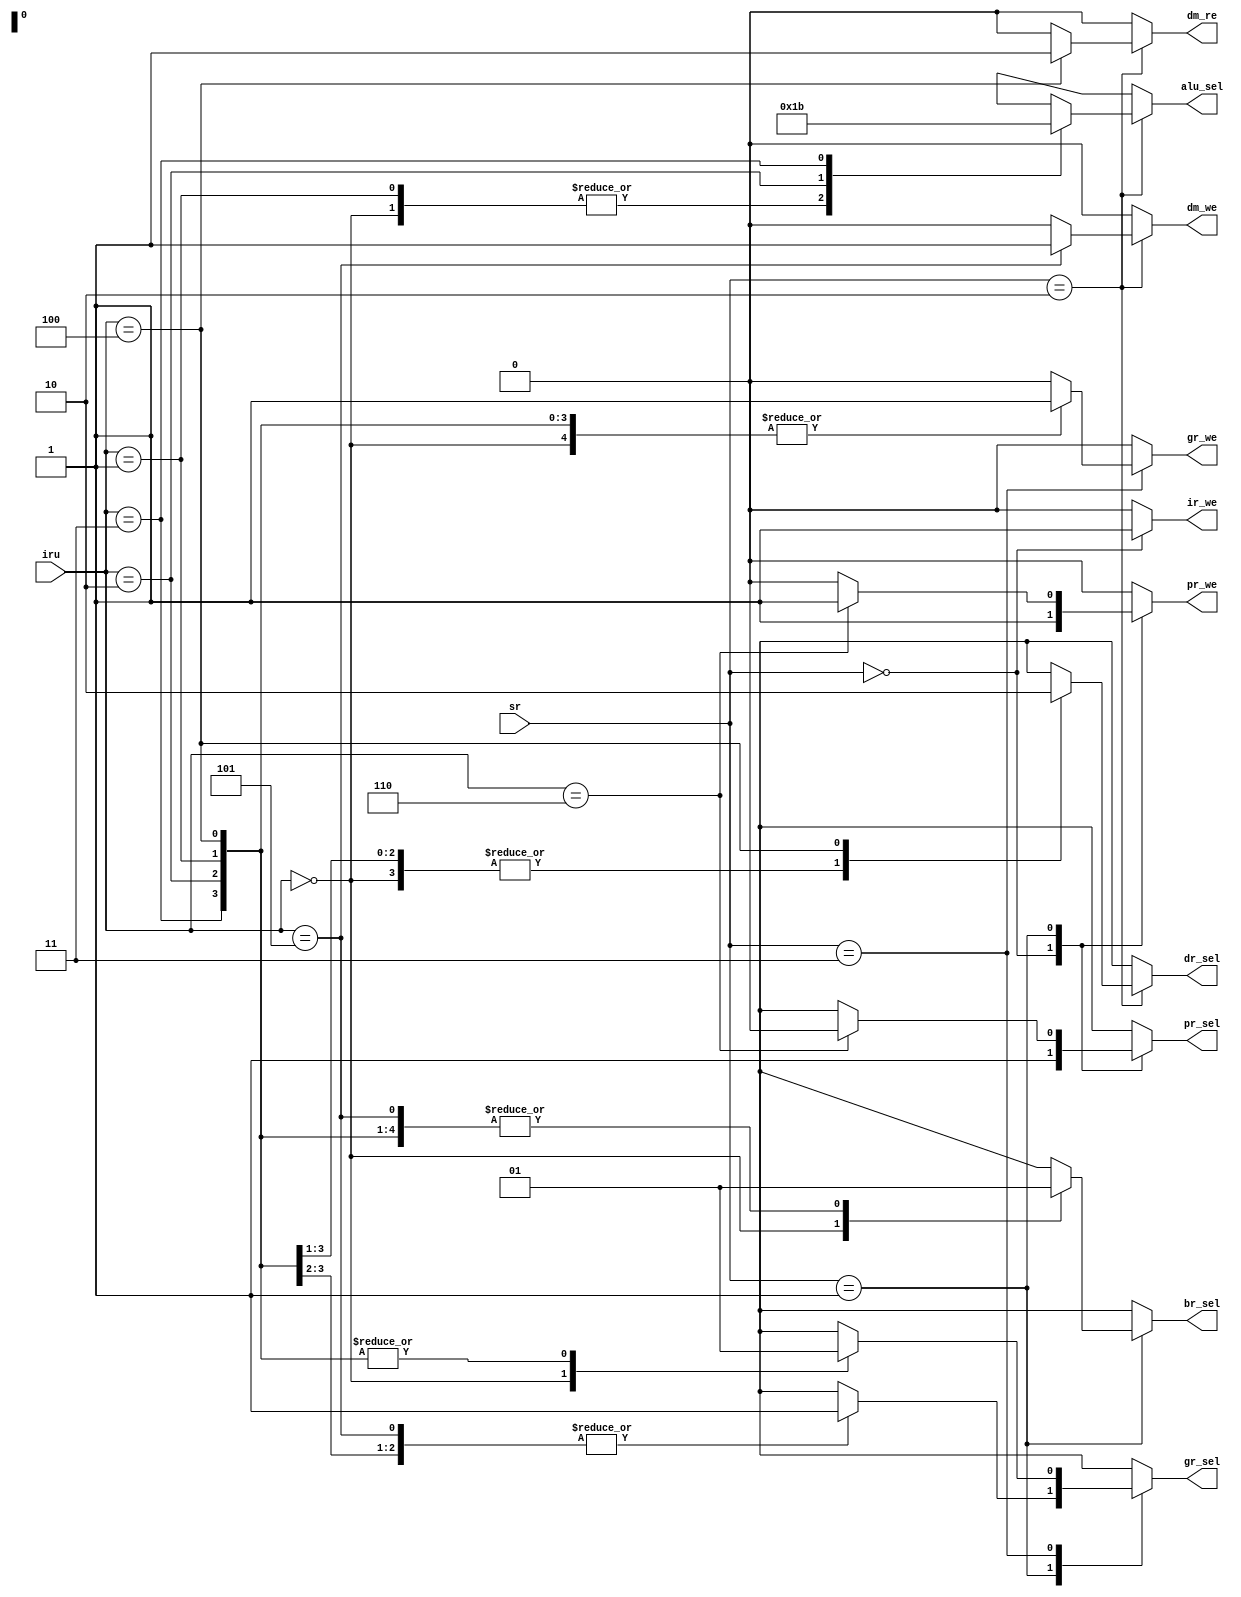
`timescale 1ns/1ns

`define LDI  4'b0000
`define MOV  4'b0001
`define ADD  4'b0010
`define SUB  4'b0011
`define LD   4'b0100
`define ST   4'b0101
`define JMP  4'b0110
`define CMP  4'b0111
`define JZ   4'b1000
`define JC   4'b1001
`define ADDI 4'b1010
`define CMPI 4'b1011

/* (1)
	fr_we
	CMP
	ADDSUB
 */
/* (2)
	fr
	fr
	JZJC
 */
/* (3)
	ADDICMPI
 */

module csg(
	iru, sr,
	pr_sel, gr_sel, br_sel, dr_sel, alu_sel,
	ir_we, pr_we, gr_we,
	dm_re, dm_we
);
	input   [3:0] iru;
	input   [1:0] sr;
	output        pr_sel, gr_sel, br_sel, dr_sel;
	output  [1:0] alu_sel;
	output        ir_we, pr_we, gr_we;
	output        dm_re, dm_we;
	reg           pr_sel, gr_sel, br_sel, dr_sel;
	reg     [1:0] alu_sel;
	reg           ir_we, pr_we, gr_we;
	reg           dm_re, dm_we;
	
	always@(iru or sr) begin
		pr_sel <= 1'bx;
		gr_sel <= 1'bx;
		br_sel <= 1'bx;
		dr_sel <= 1'bx;
		alu_sel <= 2'bxx;
		ir_we  <= 1'b0;
		pr_we  <= 1'b0;
		gr_we  <= 1'b0;
		dm_re  <= 1'b0;
		dm_we  <= 1'b0;
		case(sr)
			2'b00: begin
				ir_we <= 1'b1;
				pr_sel <= 1'b1;
				pr_we <= 1'b1;
			end
			2'b01: begin
				case(iru)
					`LDI: begin
						br_sel <= 1'b0;
					end
					`MOV, `LD: begin
						br_sel <= 1'b1;
					end
					`ADD, `SUB, `ST: begin
						gr_sel <= 1'b1;
						br_sel <= 1'b1;
					end
					`JMP: begin
						pr_sel <= 1'b0;
						pr_we <= 1'b1;
					end
				endcase
			end
			2'b10: begin
				case(iru)
					`LDI, `MOV: begin
						alu_sel <= 2'b01;
						dr_sel <= 1'b1;
					end
					`ADD: begin
						alu_sel <= 2'b10;
						dr_sel <= 1'b1;
					end
					`SUB: begin
						alu_sel <= 2'b11;
						dr_sel <= 1'b1;
					end
					`LD: begin
						dm_re <= 1'b1;
						dr_sel <= 1'b0;
					end
					`ST: begin
						dm_we <= 1'b1;
					end
				endcase
			end
			2'b11: begin
				case(iru)
					`LDI: begin
						gr_sel <= 1'b0;
						gr_we <= 1'b1;
					end
					`MOV, `ADD, `SUB, `LD: begin
						gr_sel <= 1'b1;
						gr_we <= 1'b1;
					end
				endcase
			end
		endcase
	end
endmodule